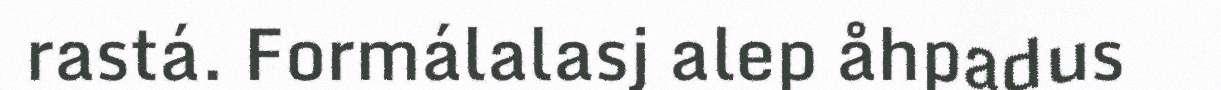
rastá. Formálalasj alep åhpadus